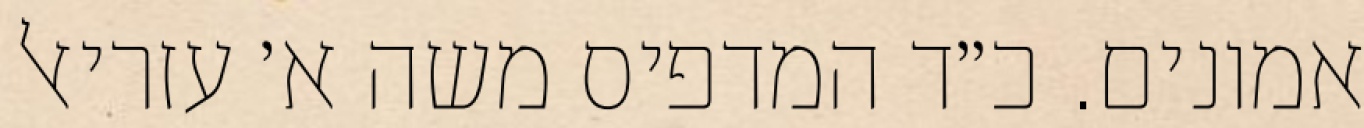
אמונים. כ״ד המדפיס משה א׳ עזריאל